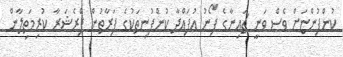
ކުންފުންޏަށް ވެސް ވަނީ ޗައިނާގެ ފޯނު އުފައްދާ ކުންފުނިތަކުގެ ފަރާތުން ޕްރެޝަރާ ކުރިމަތިލާން